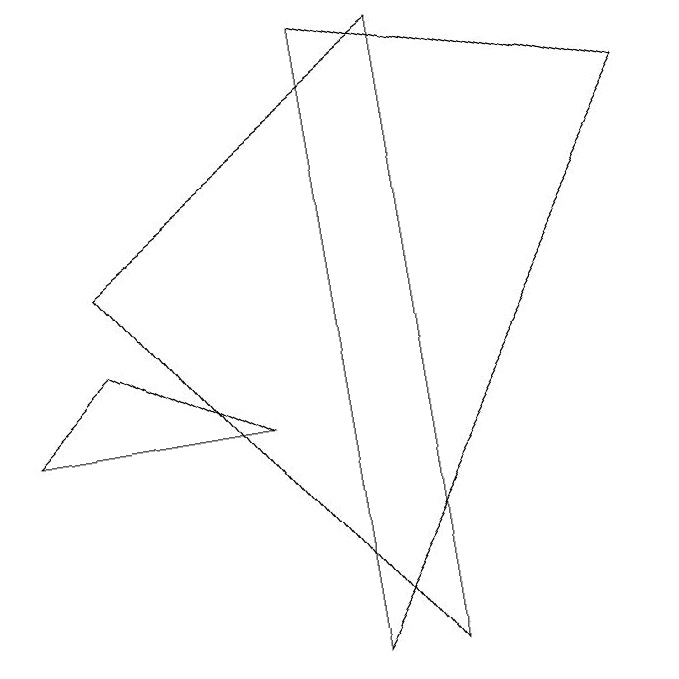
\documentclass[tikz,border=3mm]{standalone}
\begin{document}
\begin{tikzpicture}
\draw (4,3) -- (1,3) -- (2,4) -- cycle;
\draw (6,0) -- (2,5) -- (6,8) -- cycle;
\draw (9,7) -- (5,8) -- (5,0) -- cycle;
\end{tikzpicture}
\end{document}